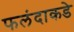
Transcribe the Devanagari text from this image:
फलंदाकडे